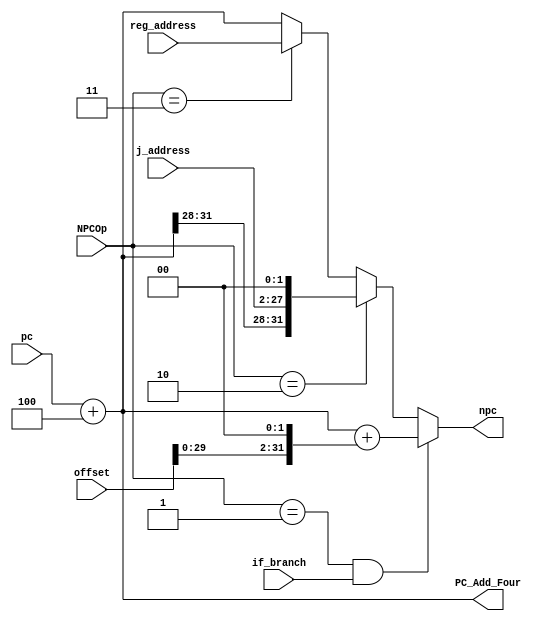
`timescale 1ns / 1ps
//////////////////////////////////////////////////////////////////////////////////
// Company: 
// Engineer: 
// 
// Design Name: 
// Module Name:    NPC 
// Project Name: 
// Target Devices: 
// Tool versions: 
// Description: 
//
// Dependencies: 
//
// Revision: 
// Revision 0.01 - File Created
// Additional Comments: 
//
//////////////////////////////////////////////////////////////////////////////////
module NPC(
input wire [31:0] pc,
input wire [31:0] offset,
input wire [25:0] j_address,
input wire [31:0] reg_address,
input wire if_branch,
input wire [2:0] NPCOp,
output reg [31:0] npc,
output wire [31:0] PC_Add_Four 
);
// pc + 4
assign PC_Add_Four = pc + 4'b0100;

localparam B = 3'b001;
localparam J = 3'b010;
localparam ra = 3'b011;
always@(*)begin
    if (NPCOp == B && if_branch) begin
         npc = pc + 4'b0100 + (offset << 2'b10);
    end 
    else if (NPCOp == J) begin
         npc = {PC_Add_Four[31:28],j_address,2'b00};
    end
    else if (NPCOp == ra) begin
         npc = reg_address;
    end
    else begin
         npc = PC_Add_Four;
    end
end
endmodule
/*
NPCOp:
00 npc = pc + 4
01 npc = b
10 npc = j_address
11 npc = reg_address 
*/